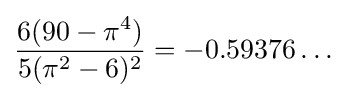
{\frac {6(90-\pi ^{4})}{5(\pi ^{2}-6)^{2}}}=-0.59376\ldots